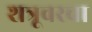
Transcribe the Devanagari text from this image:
शत्रूवरचा